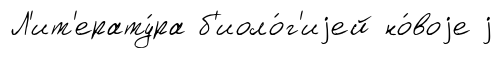
Л'ит'ерату́ра б'иоло́г'иjей но́воjе j